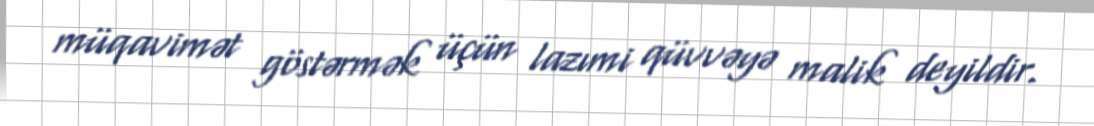
müqavimət göstərmək üçün lazımi qüvvəyə malik deyildir.